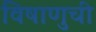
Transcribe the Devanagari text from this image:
विषाणुची